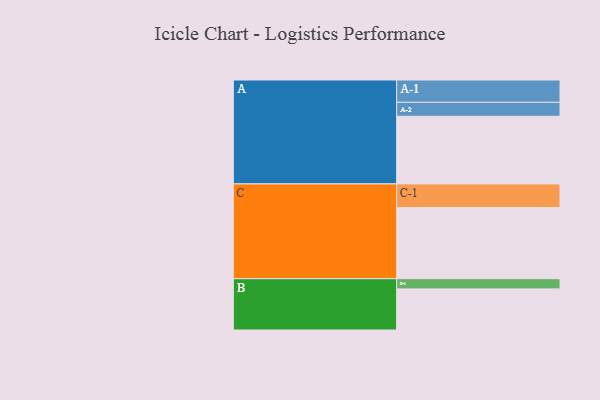
{"axis": {"x": "Segment", "y": "Value"}, "legend": ["", "A", "B", "C"], "data": [{"x": "A", "y": 518, "type": ""}, {"x": "B", "y": 315, "type": ""}, {"x": "C", "y": 545, "type": ""}, {"x": "A-1", "y": 171, "type": "A"}, {"x": "A-2", "y": 107, "type": "A"}, {"x": "B-1", "y": 78, "type": "B"}, {"x": "C-1", "y": 181, "type": "C"}]}